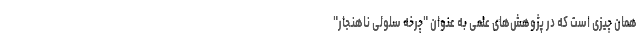
همان چیزی است که در پژوهش‌های علمی به عنوان "چرخه سلولی ناهنجار"